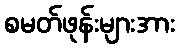
စမတ်ဖုန်းများအား